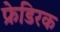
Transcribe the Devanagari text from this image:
फ्रेडिरक